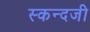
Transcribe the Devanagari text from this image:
स्कन्दजी